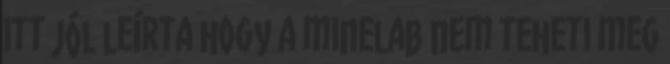
itt jól leírta hogy a minelab nem teheti meg